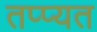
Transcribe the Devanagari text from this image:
तप्प्यत